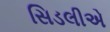
સિડલીએ